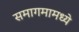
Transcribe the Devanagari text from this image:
समागमामध्ये